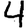
Digit: 4